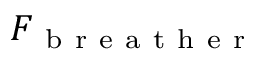
F _ { \mathrm { ~ b ~ r ~ e ~ a ~ t ~ h ~ e ~ r ~ } }